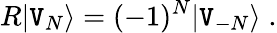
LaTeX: R\vert\mathtt{V}_{N}\rangle=(-1)^{N}\vert\mathtt{V}_{-N}\rangle\; .